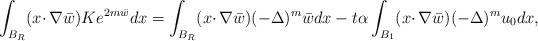
LaTeX: \begin{align*} \int_{B_R}(x\cdotp\nabla\bar{w})Ke^{2m\bar{w}} dx=\int_{B_R}(x\cdotp\nabla\bar{w})(-\Delta)^m\bar{w} dx - t\alpha\int_{B_1}(x\cdotp\nabla\bar{w})(-\Delta)^mu_0 dx, \end{align*}